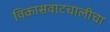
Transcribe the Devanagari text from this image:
विकासवाटचालीचा